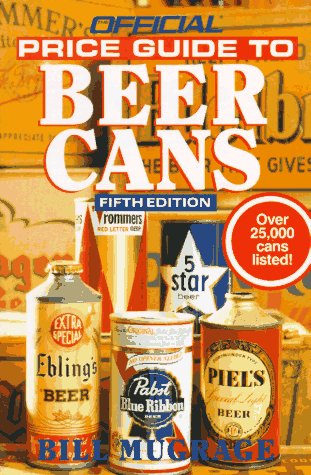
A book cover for Official Price Guide to Beer Cans, 5th Edition; Bill Mugrage; Crafts, Hobbies & Home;